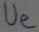
Text: Ue